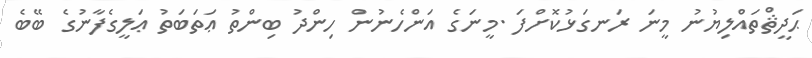
ޙަދީޘްތައްލިޔުނު މީނަ ރަނގަޅުކޮށްފަ .މީނަގެ އަންހެނުން ހިންދު ބިންތު ޢަތަބަތު ޢަލީގެފާނުގެ ބޭބެ